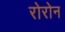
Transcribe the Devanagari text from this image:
रोरोन